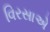
વિરસાએ